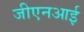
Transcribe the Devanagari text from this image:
जीएनआई